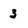
Character: 3